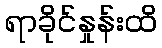
ရာခိုင်နှုန်းထိ